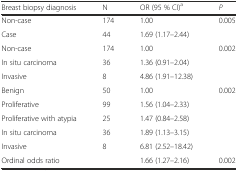
<table><thead><tr><td><b>Breast biopsy diagnosis</b></td><td><b>N</b></td><td><b>OR (95 % CI)<sup>a</sup></b></td><td><b><i>P</i></b></td></tr></thead><tbody><tr><td>Non-case</td><td>174</td><td>1.00</td><td>0.005</td></tr><tr><td>Case</td><td>44</td><td>1.69 (1.17–2.44)</td><td>[EMPTY_CELL]</td></tr><tr><td>Non-case</td><td>174</td><td>1.00</td><td>0.002</td></tr><tr><td>In situ carcinoma</td><td>36</td><td>1.36 (0.91–2.04)</td><td>[EMPTY_CELL]</td></tr><tr><td>Invasive</td><td>8</td><td>4.86 (1.91–12.38)</td><td>[EMPTY_CELL]</td></tr><tr><td>Benign</td><td>50</td><td>1.00</td><td>0.002</td></tr><tr><td>Proliferative</td><td>99</td><td>1.56 (1.04–2.33)</td><td>[EMPTY_CELL]</td></tr><tr><td>Proliferative with atypia</td><td>25</td><td>1.47 (0.84–2.58)</td><td>[EMPTY_CELL]</td></tr><tr><td>In situ carcinoma</td><td>36</td><td>1.89 (1.13–3.15)</td><td>[EMPTY_CELL]</td></tr><tr><td>Invasive</td><td>8</td><td>6.81 (2.52–18.42)</td><td>[EMPTY_CELL]</td></tr><tr><td>Ordinal odds ratio</td><td>[EMPTY_CELL]</td><td>1.66 (1.27–2.16)</td><td>0.002</td></tr></tbody></table>